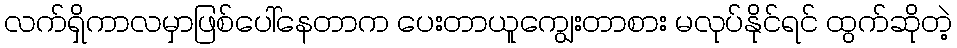
လက်ရှိကာလမှာဖြစ်ပေါ်နေတာက ပေးတာယူကျွေးတာစား မလုပ်နိုင်ရင် ထွက်ဆိုတဲ့